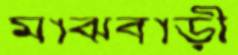
মাঝবাড়ী